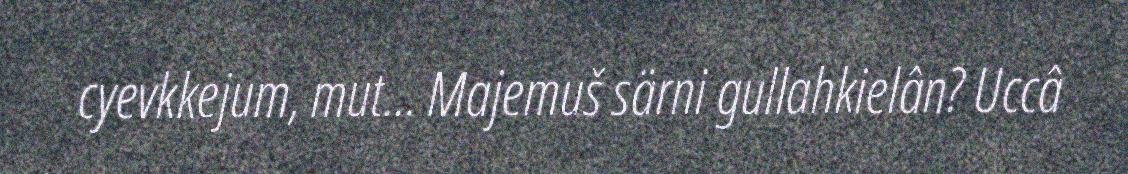
cyevkkejum, mut... Majemuš särni gullahkielân? Uccâ